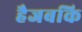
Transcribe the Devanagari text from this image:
हैजबकि